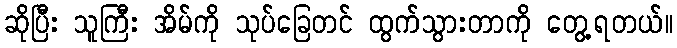
ဆိုပြီး သူကြီး အိမ်ကို သုပ်ခြေတင် ထွက်သွားတာကို တွေ့ရတယ်။